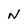
Character: N